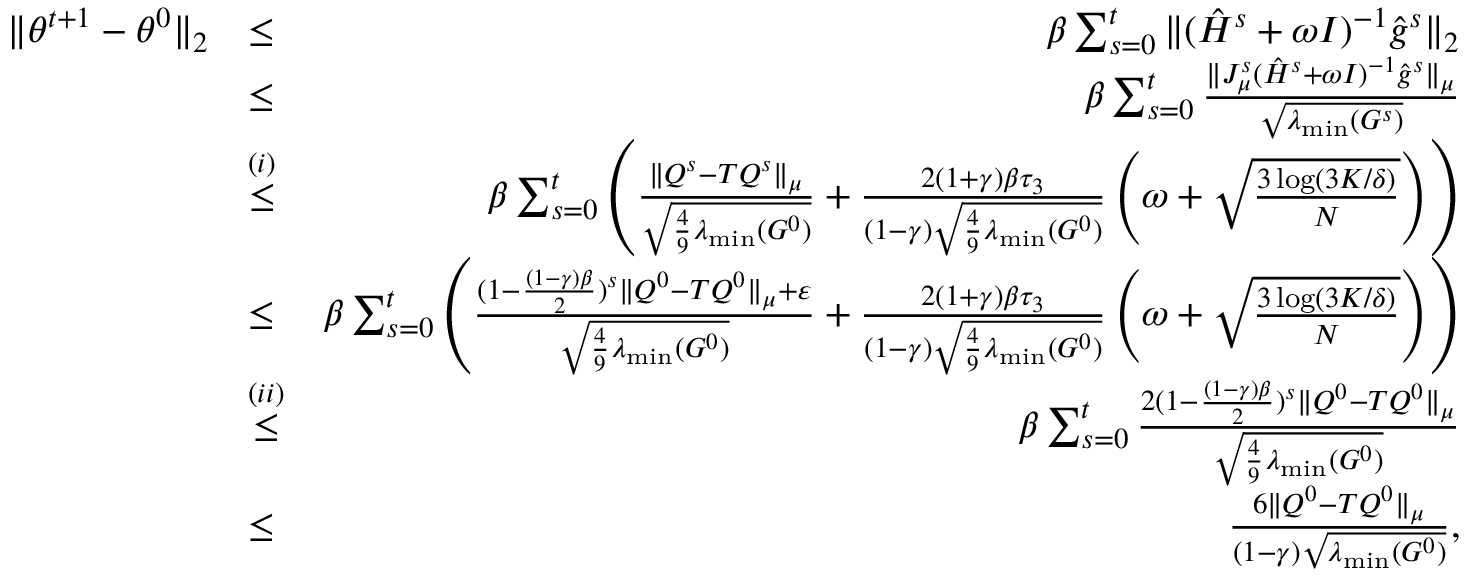
\begin{array} { r l r } { \| \theta ^ { t + 1 } - \theta ^ { 0 } \| _ { 2 } } & { \leq } & { \beta \sum _ { s = 0 } ^ { t } \| ( \hat { H } ^ { s } + \omega I ) ^ { - 1 } \hat { g } ^ { s } \| _ { 2 } } \\ & { \leq } & { \beta \sum _ { s = 0 } ^ { t } \frac { \| J _ { \mu } ^ { s } ( \hat { H } ^ { s } + \omega I ) ^ { - 1 } \hat { g } ^ { s } \| _ { \mu } } { \sqrt { \lambda _ { \operatorname* { m i n } } ( G ^ { s } ) } } } \\ & { \overset { ( i ) } { \leq } } & { \beta \sum _ { s = 0 } ^ { t } \left( \frac { \| Q ^ { s } - T Q ^ { s } \| _ { \mu } } { \sqrt { \frac { 4 } { 9 } \lambda _ { \operatorname* { m i n } } ( G ^ { 0 } ) } } + \frac { 2 ( 1 + \gamma ) \beta \tau _ { 3 } } { ( 1 - \gamma ) \sqrt { \frac { 4 } { 9 } \lambda _ { \operatorname* { m i n } } ( G ^ { 0 } ) } } \left( \omega + \sqrt { \frac { 3 \log ( 3 K / \delta ) } { N } } \right) \right) } \\ & { \leq } & { \beta \sum _ { s = 0 } ^ { t } \left( \frac { ( 1 - \frac { ( 1 - \gamma ) \beta } { 2 } ) ^ { s } \| Q ^ { 0 } - T Q ^ { 0 } \| _ { \mu } + \varepsilon } { \sqrt { \frac { 4 } { 9 } \lambda _ { \operatorname* { m i n } } ( G ^ { 0 } ) } } + \frac { 2 ( 1 + \gamma ) \beta \tau _ { 3 } } { ( 1 - \gamma ) \sqrt { \frac { 4 } { 9 } \lambda _ { \operatorname* { m i n } } ( G ^ { 0 } ) } } \left( \omega + \sqrt { \frac { 3 \log ( 3 K / \delta ) } { N } } \right) \right) } \\ & { \overset { ( i i ) } { \leq } } & { \beta \sum _ { s = 0 } ^ { t } \frac { 2 ( 1 - \frac { ( 1 - \gamma ) \beta } { 2 } ) ^ { s } \| Q ^ { 0 } - T Q ^ { 0 } \| _ { \mu } } { \sqrt { \frac { 4 } { 9 } \lambda _ { \operatorname* { m i n } } ( G ^ { 0 } ) } } } \\ & { \leq } & { \frac { 6 \| Q ^ { 0 } - T Q ^ { 0 } \| _ { \mu } } { ( 1 - \gamma ) \sqrt { \lambda _ { \operatorname* { m i n } } ( G ^ { 0 } ) } } , } \end{array}